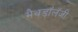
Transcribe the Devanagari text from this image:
मैथडॉलॅजी